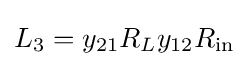
L_{3}=y_{21}R_{L}y_{12}R_{\text{in}}